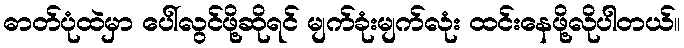
ဓာတ်ပုံထဲမှာ ပေါ်လွင်ဖို့ဆိုရင် မျက်ခုံးမျက်လုံး ထင်းနေဖို့လိုပါတယ်။